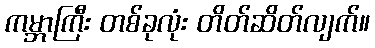
ကမ္ဘာကြီး တစ်ခုလုံး တိတ်ဆိတ်လျက်။